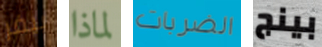
بيفر لماذا الضربات بينج